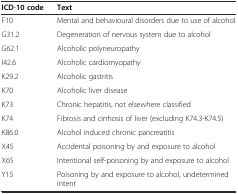
| ICD-10 code | Text |
 | --- | --- |
 | F10 | Mental and behavioural disorders due to use of alcohol |
 | G31.2 | Degeneration of nervous system due to alcohol |
 | G62.1 | Alcoholic polyneuropathy |
 | I42.6 | Alcoholic cardiomyopathy |
 | K29.2 | Alcoholic gastritis |
 | K70 | Alcoholic liver disease |
 | K73 | Chronic hepatitis, not elsewhere classified |
 | K74 | Fibrosis and cirrhosis of liver (excluding K74.3-K74.5) |
 | K86.0 | Alcohol induced chronic pancreatitis |
 | X45 | Accidental poisoning by and exposure to alcohol |
 | X65 | Intentional self-poisoning by and exposure to alcohol |
 | Y15 | Poisoning by and exposure to alcohol, undetermined intent |